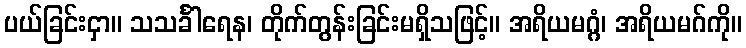
ပယ်ခြင်းငှာ။ သသင်္ခါရေန၊ တိုက်တွန်းခြင်းမရှိသဖြင့်။ အရိယမဂ္ဂံ၊ အရိယမဂ်ကို။